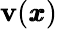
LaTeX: {\mathbf v}({\pmb x})